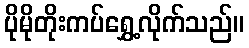
ပိုမိုတိုးကပ်ရွှေ့လိုက်သည်။